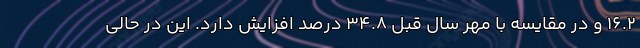
۱۶.۲ و در مقایسه با مهر سال قبل ۳۴.۸ درصد افزایش دارد. این در حالی